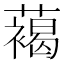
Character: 䕣